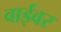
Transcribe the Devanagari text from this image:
वाईवर